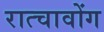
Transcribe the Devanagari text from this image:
रात्चावोंग